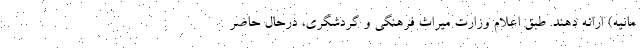
مانیه) ارائه دهند. طبق اعلام وزارت میراث فرهنگی و گردشگری، درحال حاضر